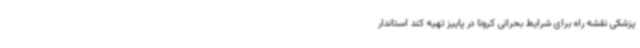
پزشکی نقشه راه برای شرایط بحرانی کرونا در پاییز تهیه کند استاندار